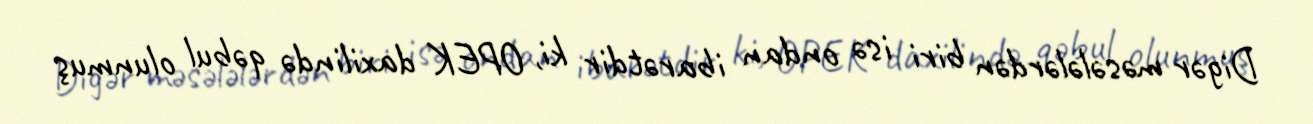
Digər məsələlərdən biri isə ondan ibarətdir ki, OPEK daxilində qəbul olunmuş